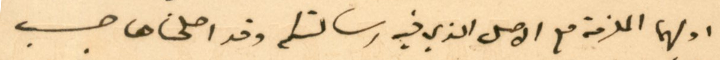
اولهما المقدمة مع الاصل الذي فيه رسالتكم وقد اصلحناها حسب